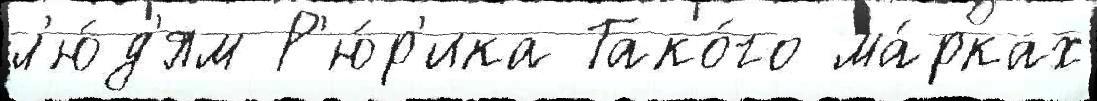
л'ю́д'ям Р'ю́р'ика Тако́го ма́рках